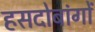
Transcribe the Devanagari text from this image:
हसदोबांगों